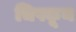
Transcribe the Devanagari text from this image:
चिपकून